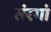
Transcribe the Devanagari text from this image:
तंरगां